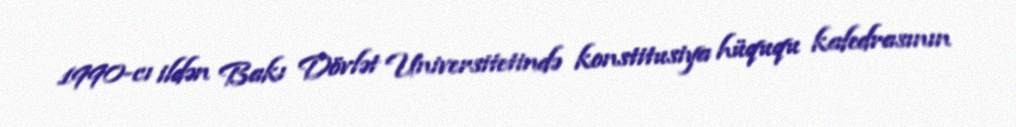
1990-cı ildən Bakı Dövlət Universitetində konstitusiya hüququ kafedrasının